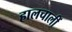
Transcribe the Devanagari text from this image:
हालचालीं